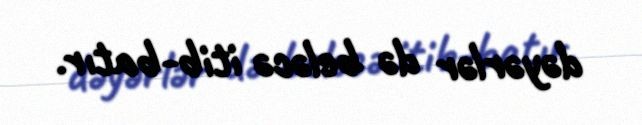
dəyərlər də beləcə itib-batır.